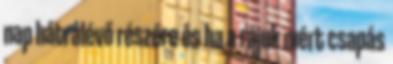
nap hátralévő részére és ha a rájuk mért csapás